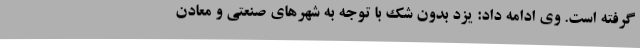
گرفته است. وی ادامه داد: یزد بدون شک با توجه به شهرهای صنعتی و معادن